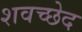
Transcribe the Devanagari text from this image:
शवच्छेद